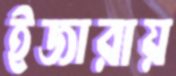
ইজারায়